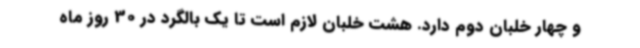
و چهار خلبان دوم دارد. هشت خلبان لازم است تا یک بالگرد در 30 روز ماه